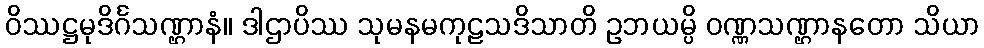
ဝိဿဋ္ဌမုဒိင်္ဂသဏ္ဌာနံ။ ဒါဌာပိဿ သုမနမကုဠသဒိသာတိ ဥဘယမ္ပိ ဝဏ္ဏသဏ္ဌာနတော သိယာ